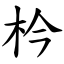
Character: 枔